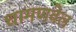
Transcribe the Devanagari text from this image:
धामणवेल